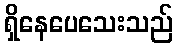
ရှိနေပေသေးသည်